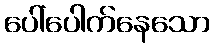
ပေါ်ပေါက်နေသော